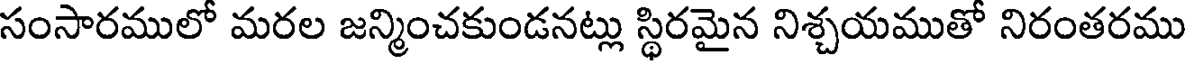
సంసారములో మరల జన్మించకుండనట్లు స్థిరమైన నిశ్చయముతో నిరంతరము